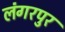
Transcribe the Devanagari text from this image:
लंगरपुर